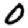
Digit: 0